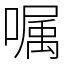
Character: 嘱